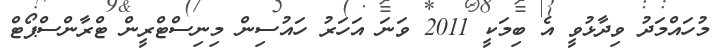
މުހައްމަދު ވިދާޅުވީ އެ ބިމަކީ 2011 ވަނަ އަހަރު ހައުސިން މިނިސްޓްރީން ޓްރާންސްޕޯޓް